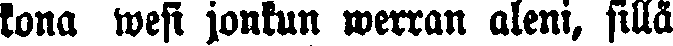
kona wesi jonkun werran aleni, sillä